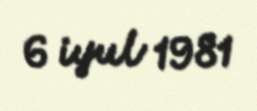
6 iyul 1981